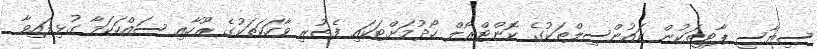
ސިޔާސީ ޕާޓީތަކުން ކައުންސިލްތަކުގެ ކޮންޓްރޯލް ހޯދުމަށްޓަކައި ފެތުރި ވާހަކަތަކުގެ ރޫހާއި ސައްހަކަމާ ގުޅިފައިވާ